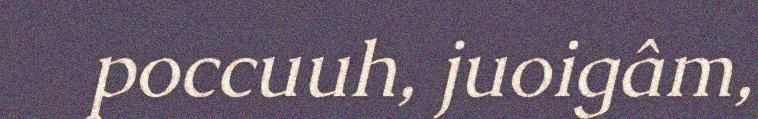
poccuuh, juoigâm,